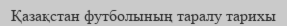
Қазақстан футболының таралу тарихы